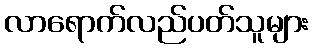
လာရောက်လည်ပတ်သူများ